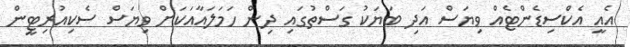
އެއީ އެކްސިޑެންޓެއް ވިޔަސް އަދި ބަޔަކު ގަސްތުގައި ދިން ހަމަލައާއަކަށް ވިޔަސް ސެކިއުރިޓީން